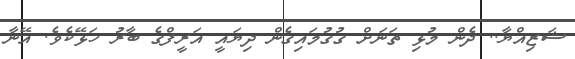
ޝަޒިއްޔާ.. ދެން މުޅި ތަނަށް ގުގުމައިގެން ދިޔައީ އަރީފްގެ ބާރު ހަޅޭކެވެ. އޭނާ